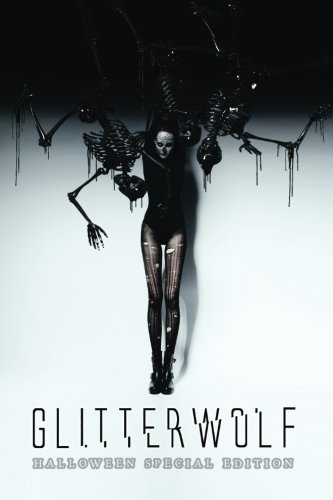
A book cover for Glitterwolf Magazine: Halloween Special; Matt Cresswell; Literature & Fiction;